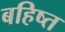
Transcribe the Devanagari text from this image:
बहिष्त